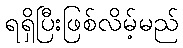
ရရှိပြီးဖြစ်လိမ့်မည်